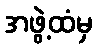
အဖွဲ့ထံမှ